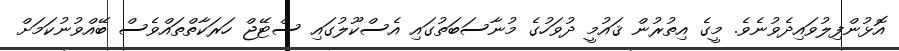
އޮޅުންފިލުވައިދެވުނެވެ. މީގެ އިތުރުން ޤައުމީ ދުވަހުގެ މުނާސަބަތުގައި އެސްކޫލުގައި ސްޓޭޖް ހަރަކާތްތައްވެސް ބޭއްވުނުކަމަށް